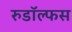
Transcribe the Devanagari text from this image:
रुडॉल्फस